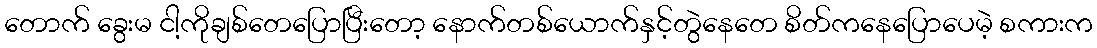
တောက် ခွေးမ ငါ့ကိုချစ်တေပြောပြီးတော့ နောက်တစ်ယောက်နှင့်တွဲနေတေ စိတ်ကနေပြောပေမဲ့ စကားက